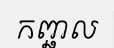
កញ្ឆល